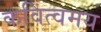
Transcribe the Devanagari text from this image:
कवित्वमय